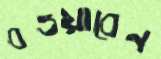
বওয়াবেন